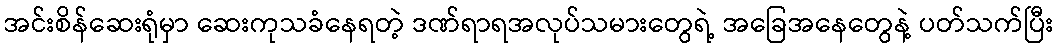
အင်းစိန်ဆေးရုံမှာ ဆေးကုသခံနေရတဲ့ ဒဏ်ရာရအလုပ်သမားတွေရဲ့ အခြေအနေတွေနဲ့ ပတ်သက်ပြီး